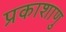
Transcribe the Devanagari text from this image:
प्रकाशाणु